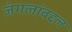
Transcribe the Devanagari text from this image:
जंगलांबद्दल